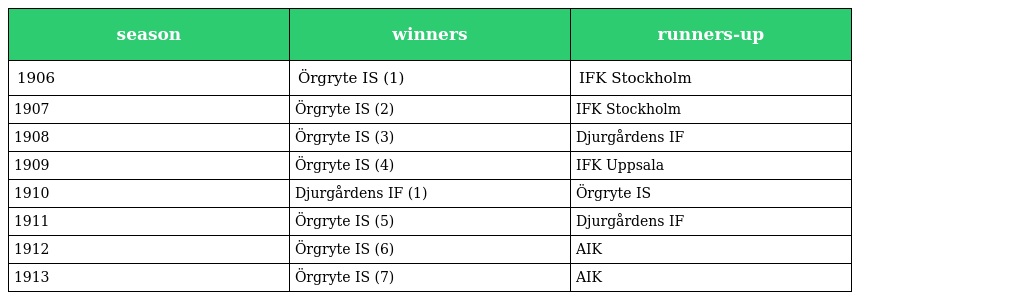
| season | winners | runners-up |
 | --- | --- | --- |
 | 1906 | Örgryte IS (1) | IFK Stockholm |
 | 1907 | Örgryte IS (2) | IFK Stockholm |
 | 1908 | Örgryte IS (3) | Djurgårdens IF |
 | 1909 | Örgryte IS (4) | IFK Uppsala |
 | 1910 | Djurgårdens IF (1) | Örgryte IS |
 | 1911 | Örgryte IS (5) | Djurgårdens IF |
 | 1912 | Örgryte IS (6) | AIK |
 | 1913 | Örgryte IS (7) | AIK |